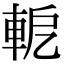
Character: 軶